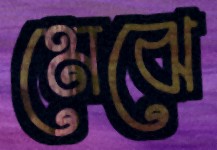
মেঝে